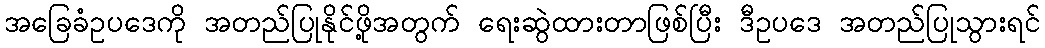
အခြေခံဥပဒေကို အတည်ပြုနိုင်ဖို့အတွက် ရေးဆွဲထားတာဖြစ်ပြီး ဒီဥပဒေ အတည်ပြုသွားရင်